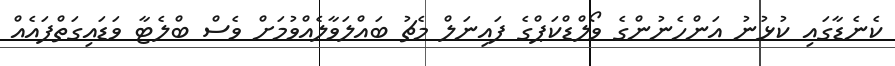
ކެނެޑާގައި ކުޅުނު އަންހެނުންގެ ވޯލްޑްކަޕްގެ ފައިނަލް މެޗު ބައްލަވާލެއްވުމަށް ވެސް ބްލެޓާ ވަޑައިގަތްފައެއް